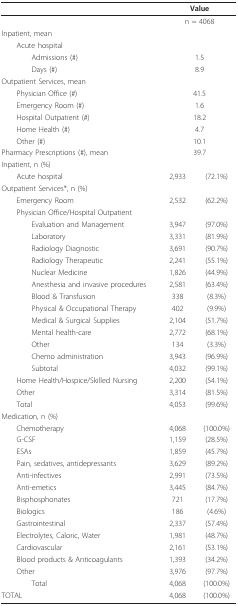
<table><thead><tr><td></td><td colspan="2"><b>Value</b></td></tr></thead><tbody><tr><td></td><td colspan="2">n = 4068</td></tr><tr><td>Inpatient, mean</td><td></td><td></td></tr><tr><td> Acute hospital</td><td></td><td></td></tr><tr><td>Admissions (#)</td><td colspan="2">1.5</td></tr><tr><td>Days (#)</td><td colspan="2">8.9</td></tr><tr><td>Outpatient Services, mean</td><td></td><td></td></tr><tr><td> Physician Office (#)</td><td colspan="2">41.5</td></tr><tr><td> Emergency Room (#)</td><td colspan="2">1.6</td></tr><tr><td> Hospital Outpatient (#)</td><td colspan="2">18.2</td></tr><tr><td> Home Health (#)</td><td colspan="2">4.7</td></tr><tr><td> Other (#)</td><td colspan="2">10.1</td></tr><tr><td>Pharmacy Prescriptions (#), mean</td><td colspan="2">39.7</td></tr><tr><td>Inpatient, n (%)</td><td></td><td></td></tr><tr><td> Acute hospital</td><td>2,933</td><td>(72.1%)</td></tr><tr><td>Outpatient Services*, n (%)</td><td></td><td></td></tr><tr><td> Emergency Room</td><td>2,532</td><td>(62.2%)</td></tr><tr><td> Physician Office/Hospital Outpatient</td><td></td><td></td></tr><tr><td>Evaluation and Management</td><td>3,947</td><td>(97.0%)</td></tr><tr><td>Laboratory</td><td>3,331</td><td>(81.9%)</td></tr><tr><td>Radiology Diagnostic</td><td>3,691</td><td>(90.7%)</td></tr><tr><td>Radiology Therapeutic</td><td>2,241</td><td>(55.1%)</td></tr><tr><td>Nuclear Medicine</td><td>1,826</td><td>(44.9%)</td></tr><tr><td>Anesthesia and invasive procedures</td><td>2,581</td><td>(63.4%)</td></tr><tr><td>Blood &amp; Transfusion</td><td>338</td><td>(8.3%)</td></tr><tr><td>Physical &amp; Occupational Therapy</td><td>402</td><td>(9.9%)</td></tr><tr><td>Medical &amp; Surgical Supplies</td><td>2,104</td><td>(51.7%)</td></tr><tr><td>Mental health-care</td><td>2,772</td><td>(68.1%)</td></tr><tr><td>Other</td><td>134</td><td>(3.3%)</td></tr><tr><td>Chemo administration</td><td>3,943</td><td>(96.9%)</td></tr><tr><td>Subtotal</td><td>4,032</td><td>(99.1%)</td></tr><tr><td> Home Health/Hospice/Skilled Nursing</td><td>2,200</td><td>(54.1%)</td></tr><tr><td> Other</td><td>3,314</td><td>(81.5%)</td></tr><tr><td> Total</td><td>4,053</td><td>(99.6%)</td></tr><tr><td>Medication, n (%)</td><td></td><td></td></tr><tr><td> Chemotherapy</td><td>4,068</td><td>(100.0%)</td></tr><tr><td> G-CSF</td><td>1,159</td><td>(28.5%)</td></tr><tr><td> ESAs</td><td>1,859</td><td>(45.7%)</td></tr><tr><td> Pain, sedatives, antidepressants</td><td>3,629</td><td>(89.2%)</td></tr><tr><td> Anti-infectives</td><td>2,991</td><td>(73.5%)</td></tr><tr><td> Anti-emetics</td><td>3,445</td><td>(84.7%)</td></tr><tr><td> Bisphosphonates</td><td>721</td><td>(17.7%)</td></tr><tr><td> Biologics</td><td>186</td><td>(4.6%)</td></tr><tr><td> Gastrointestinal</td><td>2,337</td><td>(57.4%)</td></tr><tr><td> Electrolytes, Caloric, Water</td><td>1,981</td><td>(48.7%)</td></tr><tr><td> Cardiovascular</td><td>2,161</td><td>(53.1%)</td></tr><tr><td> Blood products &amp; Anticoagulants</td><td>1,393</td><td>(34.2%)</td></tr><tr><td> Other</td><td>3,976</td><td>(97.7%)</td></tr><tr><td>Total</td><td>4,068</td><td>(100.0%)</td></tr><tr><td>TOTAL</td><td>4,068</td><td>(100.0%)</td></tr></tbody></table>